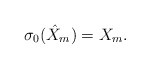
\begin{align*}\sigma_0(\hat X_{m}) = X_{m}.\end{align*}